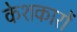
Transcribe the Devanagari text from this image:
केशकारों